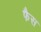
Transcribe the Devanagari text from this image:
फैस